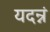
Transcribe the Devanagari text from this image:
यदन्नं